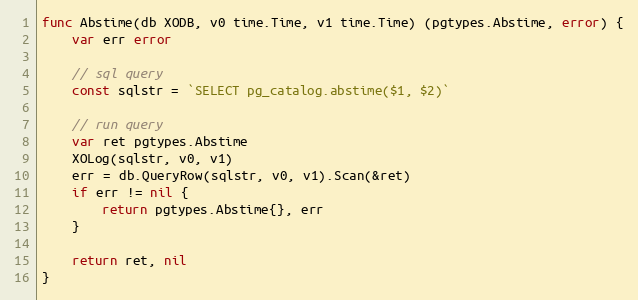
Language: Go
func Abstime(db XODB, v0 time.Time, v1 time.Time) (pgtypes.Abstime, error) {
	var err error

	// sql query
	const sqlstr = `SELECT pg_catalog.abstime($1, $2)`

	// run query
	var ret pgtypes.Abstime
	XOLog(sqlstr, v0, v1)
	err = db.QueryRow(sqlstr, v0, v1).Scan(&ret)
	if err != nil {
		return pgtypes.Abstime{}, err
	}

	return ret, nil
}